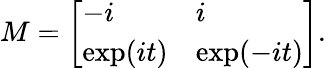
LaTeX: M={\left[\begin{array}{ll}{-i}&{i}\\ {\exp(it)}&{\exp(-it)}\end{array}\right]}.